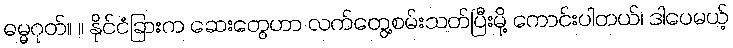
ဓမ္မဂုတ်။ ။ နိုင်ငံခြားက ဆေးတွေဟာ လက်တွေ့စမ်းသတ်ပြီးမို့ ကောင်းပါတယ်၊ ဒါပေမယ့်